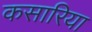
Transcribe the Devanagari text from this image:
कसारिया